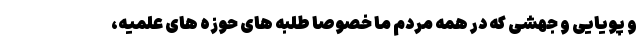
و پویایی و جهشی که در همه مردم ما خصوصاً طلبه های حوزه های علمیه،